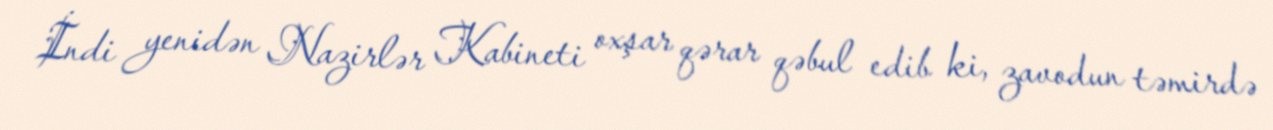
İndi yenidən Nazirlər Kabineti oxşar qərar qəbul edib ki, zavodun təmirdə